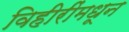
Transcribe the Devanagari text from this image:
विहीरींमधून